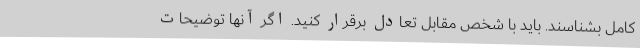
کامل بشناسند. باید با شخص مقابل تعادل برقرار کنید. اگر آنها توضیحات